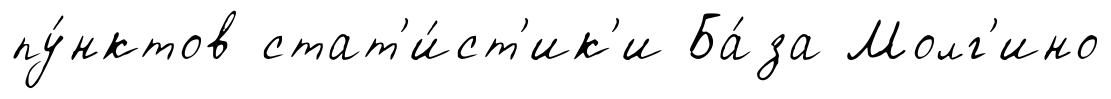
пу́нктов стат'и́ст'ик'и Ба́за Молг'ино